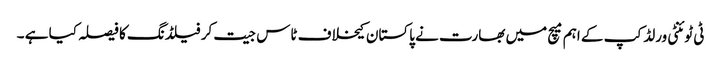
ٹی ٹوئنٹی ورلڈ کپ کے اہم میچ میں بھارت نے پاکستان کیخلاف ٹاس جیت کر فیلڈنگ کا فیصلہ کیا ہے ۔